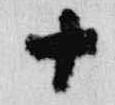
十